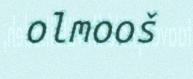
olmooš